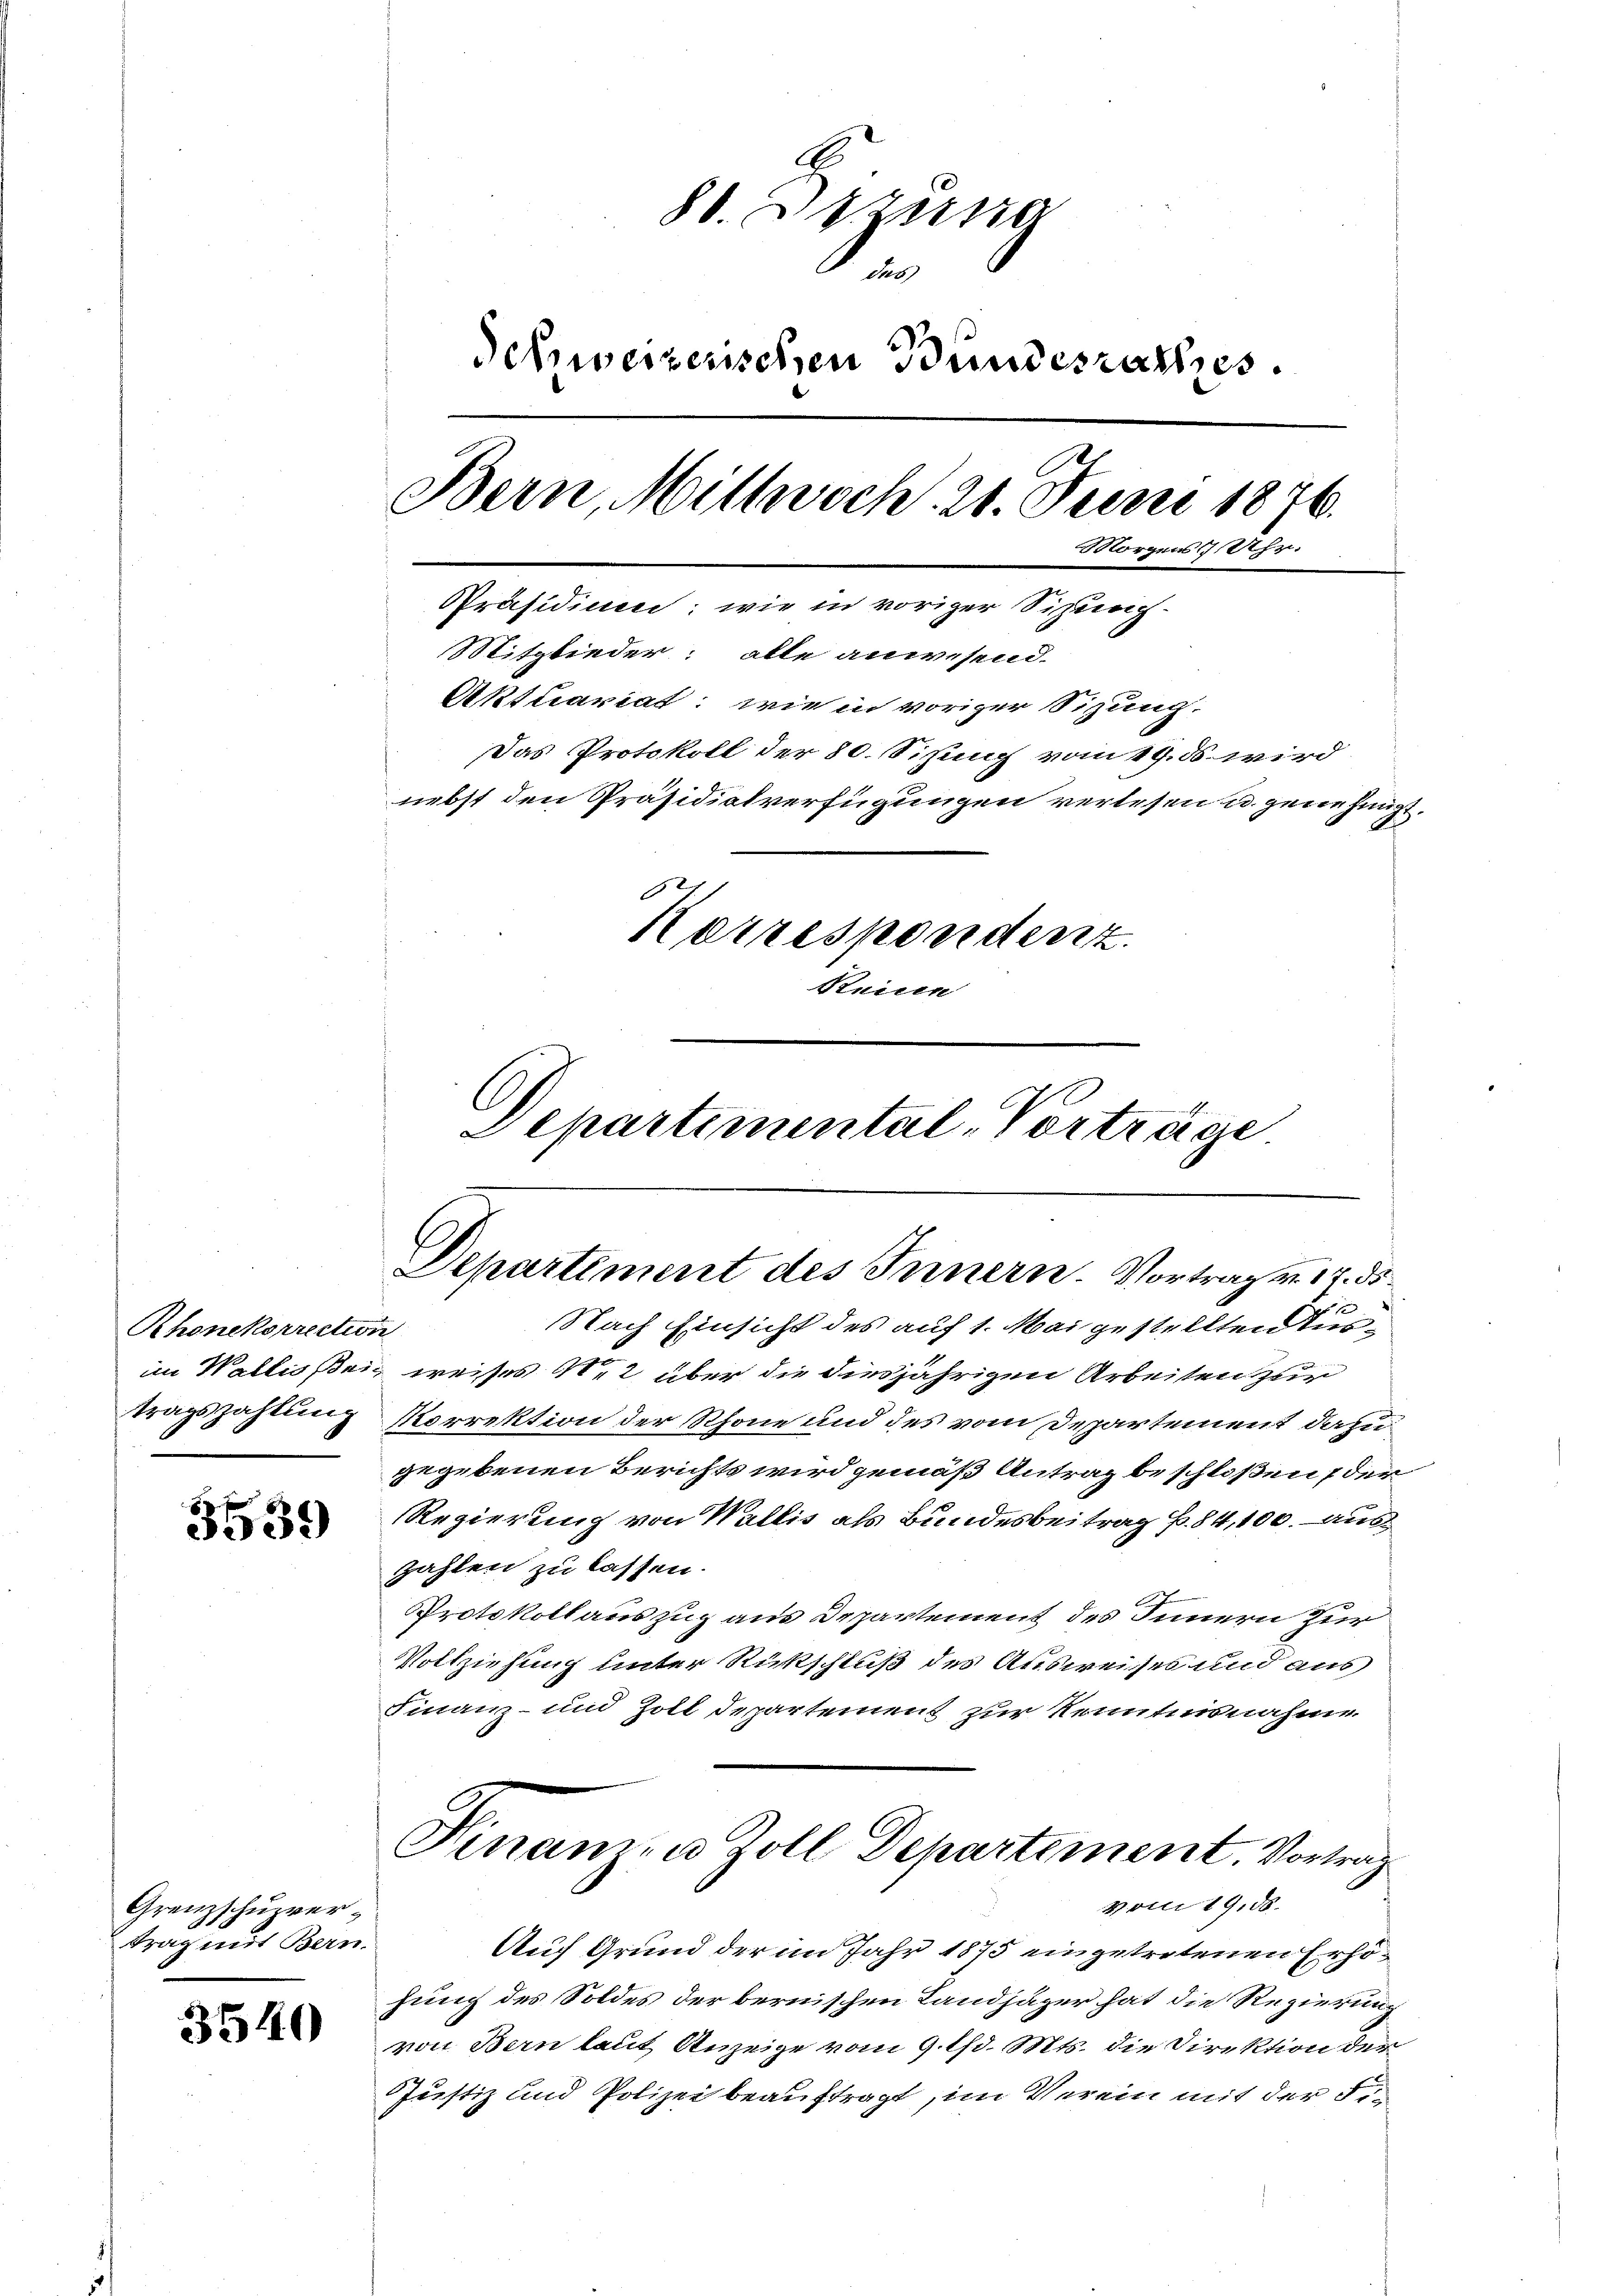
Rhonekorrection
tragszahlung

3539

Grenzschuzvertrag mit Bern.

3540

80. Dezung
det
defzweizerischen Bundesrathes.
.
Bern, Mittwoch. 20. Juni 1876.
Morgens 1 Uhr.
Präsidium, wie in voriger Sizunc-
Mitglieder: alle anwesend.
Aktuariat: wie in voriger Sitzung.
Das Protokoll der 80. Sizung vom 19. ds wird
nebst den Präsidialverfügungen verlesen u. genehmigt.
2
Herrespondenz.
Steine

Departimental-Vorträge
Departement des Innern. Vortrag v. 14. ds.
t
Nach Einsicht des auf 1. Mai gestellten Tur¬

im Wallis sei, weises Met über die diesjährigen Arbeiten zur
Korrektion der Rhone und des vom Departement dazu
gegebenen Berichts wird gemäß Antrag beschloßen, der
Regierung von Wallis als Bundesbeitrag f. 84,100. aus
zahlen zu lassen.
Protokollauszug aus Departement des Innern zur
Vollziehung unter Rückschluß des Ausweises und aus
Finanz- und Zoll Departement zur Kenntnisnahme
Ninamen Zoll Departement. Vortrag
vom 19,88.
Auf Grund der im Jahr 1875 eingetretenen Erhöhung des Soldes der bernischen Landjäger hat die Regierung
von Bern laut Anzeige vom 9. 13. Mts. die Direktion der
Justiz und Polizei beauftragt, im Verein mit der Fi¬